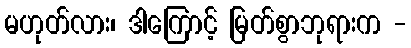
မဟုတ်လား၊ ဒါကြောင့် မြတ်စွာဘုရားက -